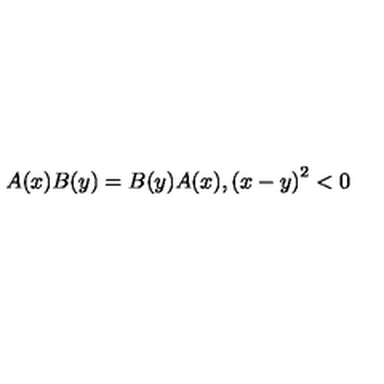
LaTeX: A ( x ) B ( y ) = B ( y ) A ( x ) , \left( x - y \right) ^ { 2 } < 0